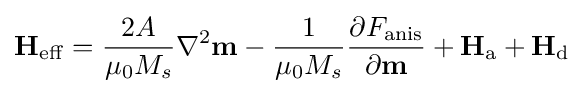
\mathbf {H} _{\mathrm {eff} }={\frac {2A}{\mu _{0}M_{s}}}\nabla ^{2}\mathbf {m} -{\frac {1}{\mu _{0}M_{s}}}{\frac {\partial F_{\text{anis}}}{\partial \mathbf {m} }}+\mathbf {H} _{\text{a}}+\mathbf {H} _{\text{d}}